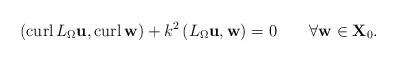
LaTeX: \begin{align*}\left( \operatorname*{curl}L_{\Omega}\mathbf{u},\operatorname*{curl}\mathbf{w}\right) +k^{2}\left( L_{\Omega}\mathbf{u},\mathbf{w}\right)=0\qquad\forall\mathbf{w}\in\mathbf{X}_{0}. \end{align*}